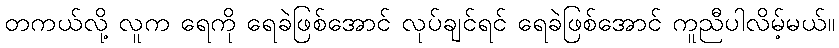
တကယ်လို့ လူက ရေကို ရေခဲဖြစ်အောင် လုပ်ချင်ရင် ရေခဲဖြစ်အောင် ကူညီပါလိမ့်မယ်။